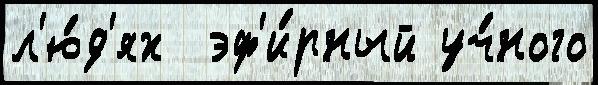
л'ю́д'ях  эф'и́рный уч́ного